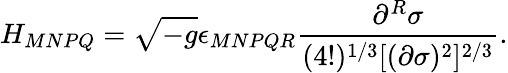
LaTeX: H_{MNPQ}=\sqrt{-g}\epsilon_{MNPQR}\frac{\partial^{R}\sigma}{(4!)^{1/3}[(\partial\sigma)^{2}]^{2/3}}.